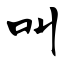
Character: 叫